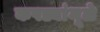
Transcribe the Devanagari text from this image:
कपड्यांमूळे